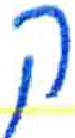
אות: ק